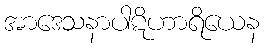
အာဒေသနာပါဋိဟာရိယေန